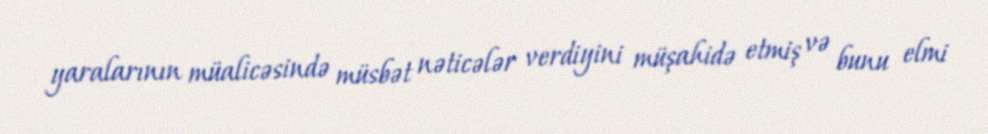
yaralarının müalicəsində müsbət nəticələr verdiyini müşahidə etmiş və bunu elmi